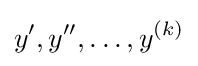
y',y'',\ldots ,y^{(k)}